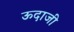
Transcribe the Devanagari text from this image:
ऊदाजी